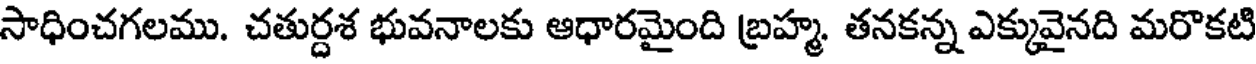
సాధించగలము. చతుర్దశ భువనాలకు ఆధారమైంది బ్రహ్మ. తనకన్న ఎక్కువైనది మరొకటి